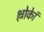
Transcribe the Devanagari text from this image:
श्लोकेां